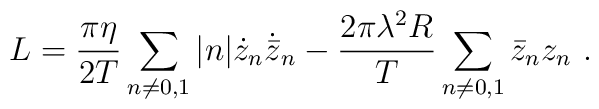
L={\pi\eta \over 2T}\sum_{n\neq 0,1}|n|\dot z_n\dot{\bar z}_n-{2\pi\lambda^2R \over T}\sum_{n\neq 0,1}\bar z_n z_n\ .